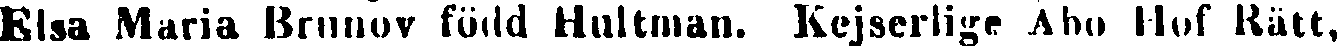
Elsa Maria Brunov född Hultman. Kejserlige Åbo Hof Rätt,